Vaccination in Burma 1912-1922 - 1912-1922
Year: 1912
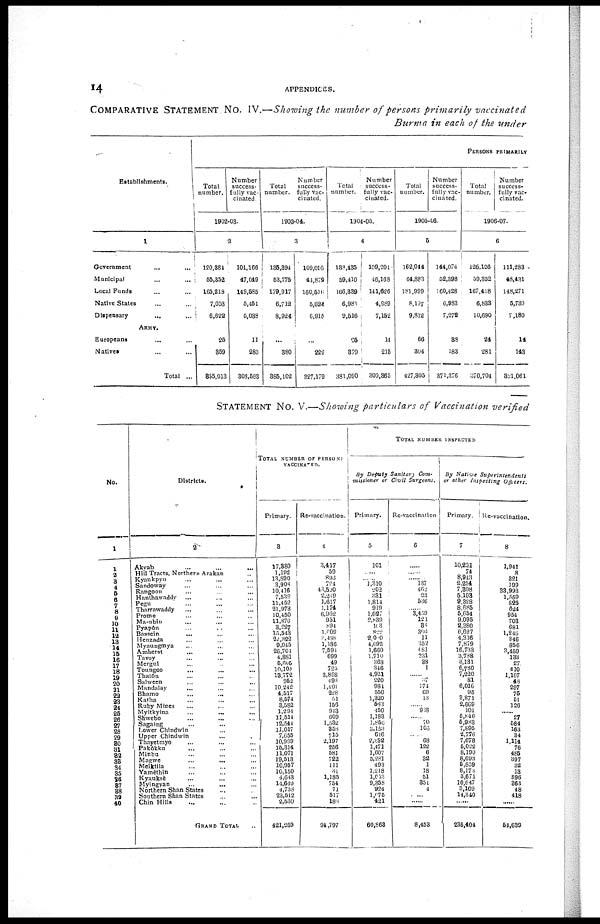
14
APPENDICES.
COMPARATIVE STATEMENT No. IV.—Showing the number of persons primarily
vaccinated
Burma in each of the under
Establishments.
1
Government ... ...
Municipal ... ...
Local Funds ... ...
Native States ... ...
Dispensary ... ...
ARMY.
Europeans ... ...
Natives ... ...
Total ...
PERSONS PRIMARILY
Total
number.
Number
success-
fully vac-
cinated.
1902-03.
2
120,384
55,352
165,218
7,053
6,622
25
359
855,013
101,166
47,049
149,585
5,451
5,038
11
283
308,583
Total
number.
Number
success-
fully vac-
cinated.
1903-04.
3
135,894
53,775
179,917
6,712
8,924
...
380
385,102
109,016
44,879
160,516
5,624
6,915
...
222
327,172
Total
number.
Number
success-
fully vac-
cinated.
1904-05.
4
138,435
59,410
166,339
6,986
9,516
25
379
381,090
109,201
46,168
141,626
4,989
7,152
14
215
309,365
Total
number.
Number
success-
fully vac-
cinated.
1905-06.
5
162,044
64,883
181,999
8,197
9,812
66
304
427,305
144,074
52,398
160,428
6,983
7,272
38
183
371,376
Total
number.
Number
success-
fully vac-
cinated.
1906-07.
6
126,106
59,352
167,418
6,833
10,690
24
281
270,704
111,283
48,431
148,271
5,7309
7,180
14
143
321,061
STATEMENT No. V.—Showing particulars of Vaccination verified
No.
1
1
2
3
4 5
6
7
8
9
10
11
12
13 14
15
16
17
18
19
20
21
22
23
24
25
26
27
28
29
30
31
32
33
34
35
36
37
38
39
40
Districts.
2
Akyab ... ... ...
Hill Tracts, Northern Arakan ...
Kyaukpyu ... ... ...
Sandoway ... ... ...
Rangoon ... ... ...
Hanthawaddy
... ... ...
Pegu ... ... ...
Tharrawaddy ... ... ...
Prome ... ... ...
Ma-ubin ... ... ...
Pyapôn ... ... ...
Bassein
... ... ...
Henzada ... ... ...
Myaungmya ... ... ...
Amherst ... ... ...
Tavoy ... ... ...
Mergui ... ... ...
Toungoo ... ... ...
Thatôn ... ... ...
Salween ... ... ...
Mandalay ... ... ...
Bhamo ... ... ...
Katha ... ... ...
Ruby Mines ... ... ...
Myitkyina ... ... ...
Shwebo ... ... ...
Sagaing ... ... ...
Lower Chindwin ... ... ...
Upper Chindwin ... ... ...
Thayetmyo ... ... ...
Pakôkku ... ... ...
Minbu ... ... ...
Magwe
...
... ...
Meiktila ... ... ...
Yamèthin ... ... ...
Kyauksè ... ... ...
Myingyan
...
...
...
Northern Shan States ... ...
Southern Shan States ... ...
Chin Hills ... ... ...
GRAND TOTAL ...
TOTAL NUMBER OF PERSONS
VACCINATED.
Primary.
3
17,380
1,192
13,890
3,908
10,416
7,532
11,452
21,973
10,450
11,876
3,227
15,513
22,322
9,045
26,704
4,881
5,605
10,104
13,772
952
10,242
4,517
8,574
3,582
1,294
11,514
12,544
11,017
7,655
10,999
15,314
11,071
19,513
10,957
10,150
4,643
14,649
4,738
23,542
2,530
421,269
Re-vaccination.
4
3,417
59
893
724
43,590
2,239
1,617
1,174
6,962
951
894
1,609
3,488
1,186
7,594
699
49
725
3,828
493
1,401
228
51
156
913
609
1,532
858
715
2,197
256
581
722
111
31
1,185
754
71
517
188
94,797
TOTAL NUMBER INSPECTED
By Deputy Sanitary Com¬
missioner or Civil Surgeons.
Primary.
5
101
......
......
1,310
202
331
1,814
919
1,027
2,839
103
822
2,000
1,092
1,660
1,710
368
316
4,921
220
984
550
1,320
583
450
1,183
1,856
3,153
616
2,352
1,471
1,607
5,281
493
1,218
1,013
9,358
924
1,075
421
60,868
Re-vaccination
6
......
......
......
137
462
23
536
......
3,459
121
38
303
11
352
681
231
38
1
......
37
174
69
13
......
938
......
70
106
......
68
122
6
32
1
18
51
351
4
......
......
8,453
By Native
Superintendents
or other Inspecting
Officers.
Primary.
7
10,231
74
8,943
2,254
7,398
5,103
9,328
8,685
5,654
9,095
2,380
6,697
4,316
7,879
16,733
3,788
3,131
6,780
7,220
81
6,016
95
3,871
2,669
101
5,846
5,983
7,895
2,776
7,678
5,022
8,190
8,693
5,859
8,173
3,671
10,617
3,109
14,340
......
236,404
Re-vaccination.
8
1,941
8
321
199
33,993
1,559
825
624
954
703
681
1,246
346
856
3,459
133
27
410
1,107
48
297
75
51
126
......
27
584
163
34
1,114
76
485
397
32
13
896
363
48
418
......
54,639